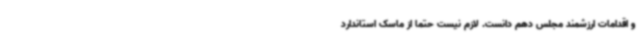
و اقدامات ارزشمند مجلس دهم دانست. لازم نیست حتما از ماسک استاندارد